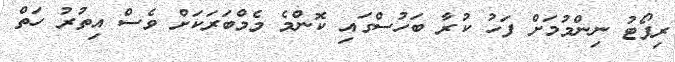
ރިޕޯޓު ނިންމުމަށް ފަހު ކުރާ ބަހުސްގައި ކޮންމެ މެމްބަރަކަށް ވެސް އިތުރު ހަތް